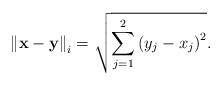
LaTeX: \begin{align*}\left\Vert \mathbf{x}-\mathbf{y}\right\Vert _{i}=\sqrt{\sum_{j=1}^{2}\left(y_{j}-x_{j}\right) ^{2}}. \end{align*}